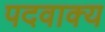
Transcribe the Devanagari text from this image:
पदवाक्य